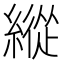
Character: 縱